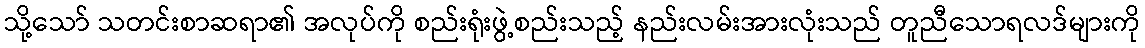
သို့သော် သတင်းစာဆရာ၏ အလုပ်ကို စည်းရုံးဖွဲ့စည်းသည့် နည်းလမ်းအားလုံးသည် တူညီသောရလဒ်များကို